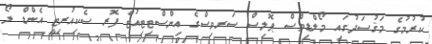
ކުރުމުގެ މަޤުސަދުގައި މޯލްޑިވްސް ޕޮލިސް ސަރވިސްގެ އިންސްޓިޓިއުޓް ފޮރ ސެކިއުރިޓީ އެންޑް ލޯ